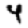
Digit: 4